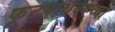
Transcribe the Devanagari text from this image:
फूटपाथवरच्या